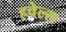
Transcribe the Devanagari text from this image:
हवेल्स